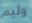
وليم